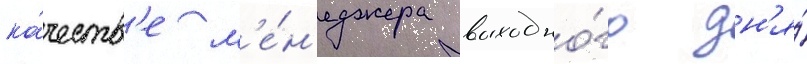
ка́честв'е м'е́н'еджера выходно́го дн'я́